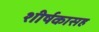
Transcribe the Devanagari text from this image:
शीर्षकासह